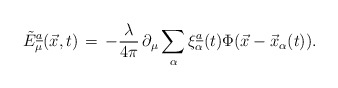
\begin{align*}\tilde E_\mu\sp{\underline{a}}(\vec{x},t)\,=\,-{\lambda\over 4\pi}\,\partial_{\mu}\sum\limits_{\alpha} \xi^{\underline{a}}_{\alpha}(t)\Phi(\vec{x}-\vec{x}_{\alpha}(t)).\end{align*}